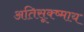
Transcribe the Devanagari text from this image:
अतिसूक्ष्माय